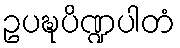
ဥပဍ္ဎပိဏ္ဍပါတံ